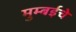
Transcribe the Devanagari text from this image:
मुम्बईचे